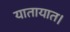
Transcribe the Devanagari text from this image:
यातायात।